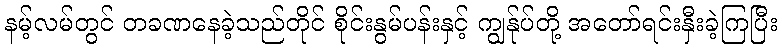
နမ့်လမ်တွင် တခဏနေခဲ့သည်တိုင် စိုင်းနွမ်ပန်းနှင့် ကျွန်ုပ်တို့ အတော်ရင်းနှီးခဲ့ကြပြီး